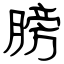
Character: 膀